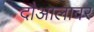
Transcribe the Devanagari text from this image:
दौआलावर